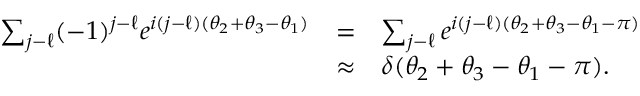
\begin{array} { r c l } { { \sum _ { j - \ell } ( - 1 ) ^ { j - \ell } e ^ { i ( j - \ell ) ( \theta _ { 2 } + \theta _ { 3 } - \theta _ { 1 } ) } } } & { { = } } & { { \sum _ { j - \ell } e ^ { i ( j - \ell ) ( \theta _ { 2 } + \theta _ { 3 } - \theta _ { 1 } - \pi ) } } } \\ { { } } & { { \approx } } & { { \delta ( \theta _ { 2 } + \theta _ { 3 } - \theta _ { 1 } - \pi ) . } } \end{array}